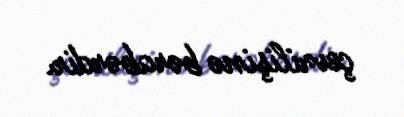
çevrilişinə bərabərdir.